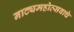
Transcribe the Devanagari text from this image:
नाट्यमहोत्सवाचे